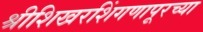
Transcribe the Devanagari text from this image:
श्रीशिखरशिंगणापूरच्या